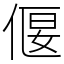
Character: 偃